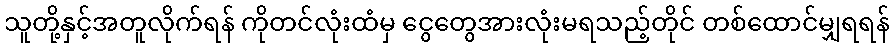
သူတို့နှင့်အတူလိုက်ရန် ကိုတင်လုံးထံမှ ငွေတွေအားလုံးမရသည့်တိုင် တစ်ထောင်မျှရရန်